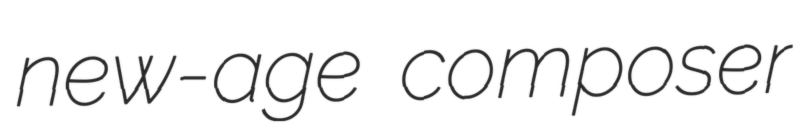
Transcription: new-age composer